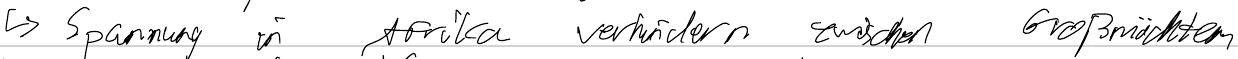
-> Spannung in Afrika verhindern zwischen Großmächten